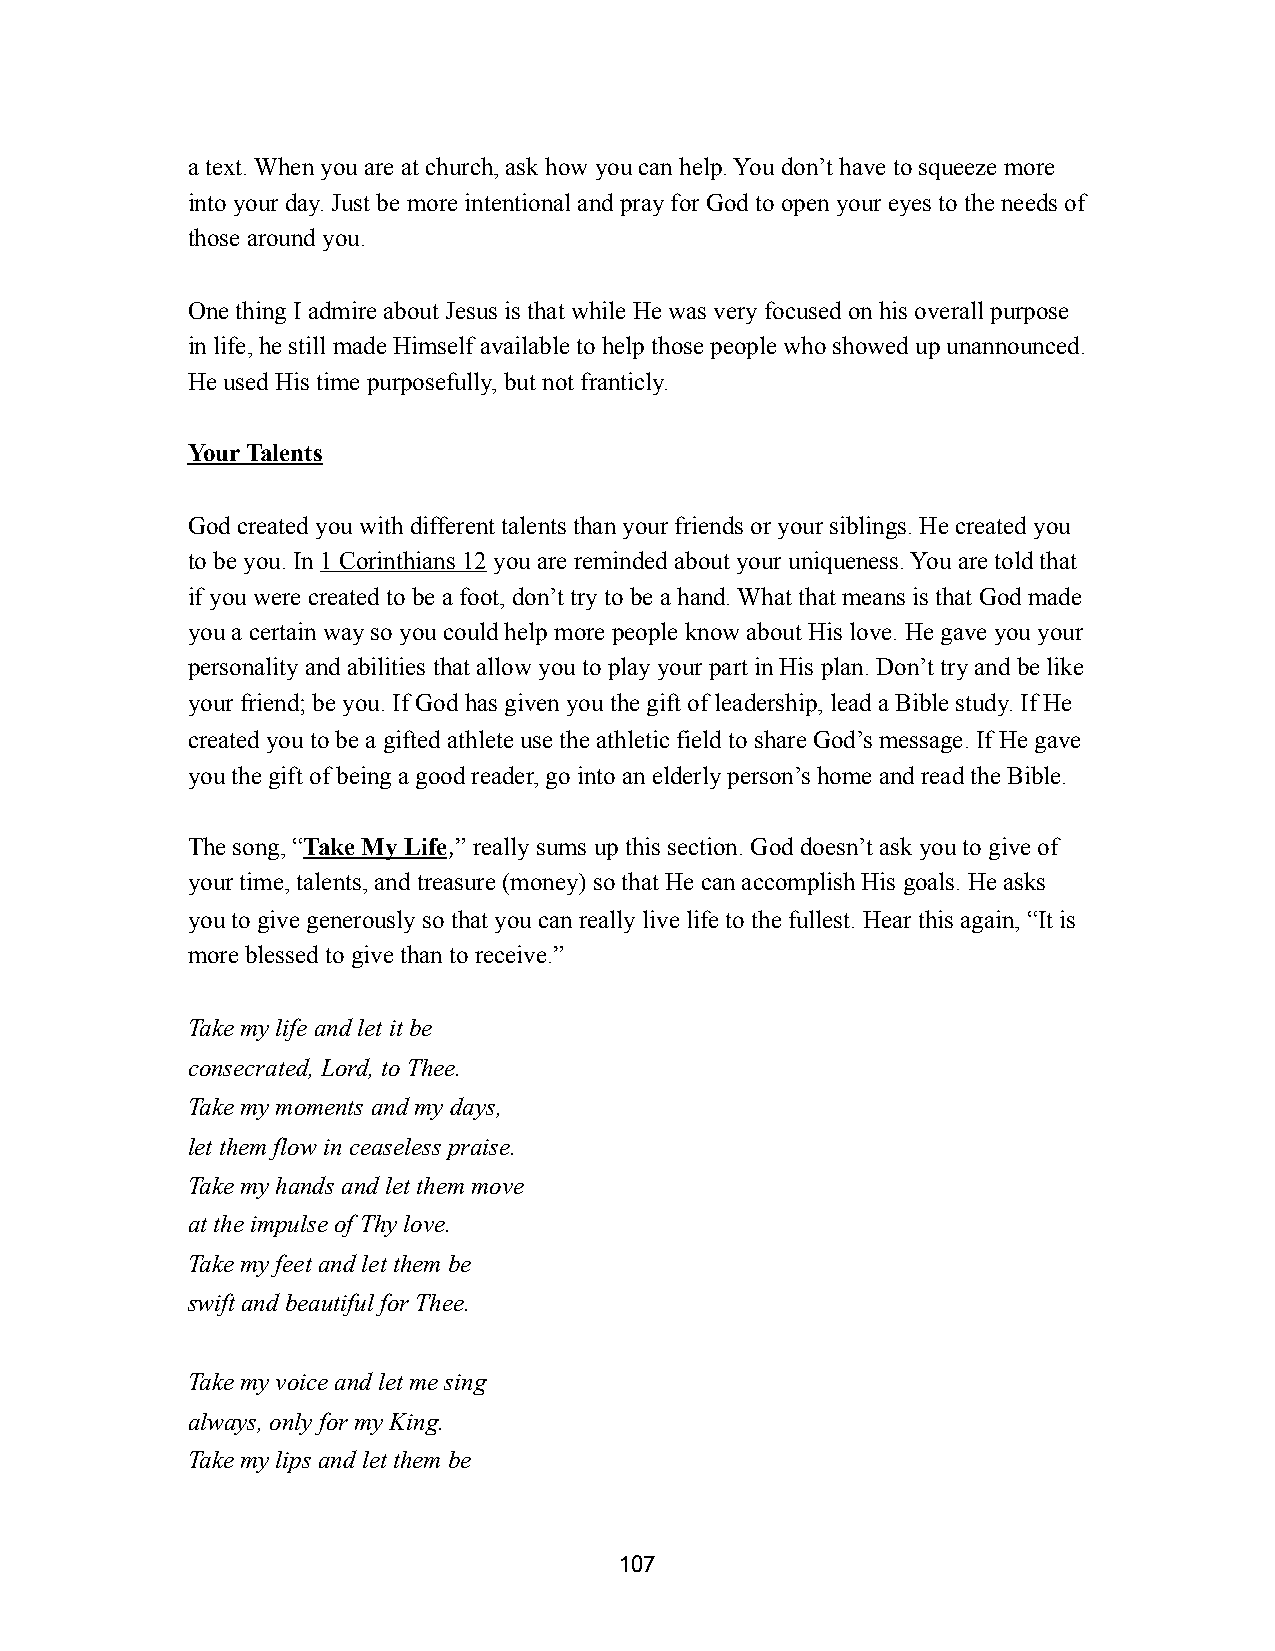
a text. When you are at church, ask how you can help. You don’t have to squeeze more
 into your day. Just be more intentional and pray for God to open your eyes to the needs of
 those around you.
 One thing I admire about Jesus is that while He was very focused on his overall purpose
 in life, he still made Himself available to help those people who showed up unannounced.
 He used His time purposefully, but not franticly.
 Your Talents
 God created you with different talents than your friends or your siblings. He created you
 to be you. In 1 Corinthians 12 you are reminded about your uniqueness. You are told that
 if you were created to be a foot, don’t try to be a hand. What that means is that God made
 you a certain way so you could help more people know about His love. He gave you your
 personality and abilities that allow you to play your part in His plan. Don’t try and be like
 your friend; be you. If God has given you the gift of leadership, lead a Bible study. If He
 created you to be a gifted athlete use the athletic field to share God’s message. If He gave
 you the gift of being a good reader, go into an elderly person’s home and read the Bible.
 The song, “Take My Life,” really sums up this section. God doesn’t ask you to give of
 your time, talents, and treasure (money) so that He can accomplish His goals. He asks
 you to give generously so that you can really live life to the fullest. Hear this again, “It is
 more blessed to give than to receive.”
 Take my life and let it be
 consecrated, Lord, to Thee.
 Take my moments and my days,
 let them flow in ceaseless praise.
 Take my hands and let them move
 at the impulse of Thy love.
 Take my feet and let them be
 swift and beautiful for Thee.
 Take my voice and let me sing
 always, only for my King.
 Take my lips and let them be
 107